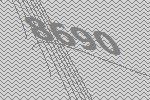
8690